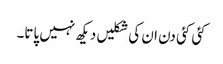
کئی کئی دن ان کی شکلیں دیکھ نہیں پاتا۔